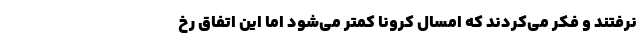
نرفتند و فکر می‌کردند که امسال کرونا کمتر می‌شود اما این اتفاق رخ